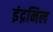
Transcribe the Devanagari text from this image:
इंद्रनिल